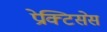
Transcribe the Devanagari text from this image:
प्रेक्टिसेस